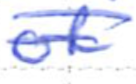
Text: of
Cross-out: double-line
Writing tool: ballpoint